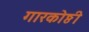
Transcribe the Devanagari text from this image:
गारकोष्ठी